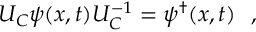
U _ { C } \psi ( x , t ) U _ { C } ^ { - 1 } = \psi ^ { \dagger } ( x , t ) \ \ ,